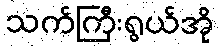
သက်ကြီးရွယ်အို